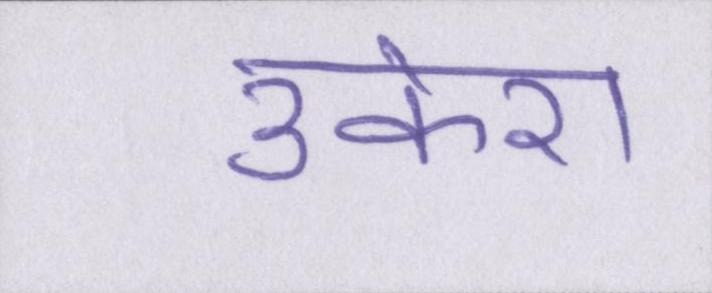
उकेरा